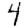
Digit: 4